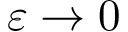
\varepsilon \rightarrow 0